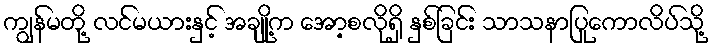
ကျွန်မတို့ လင်မယားနှင့် အချို့က အော့စလိုရှိ နှစ်ခြင်း သာသနာပြုကောလိပ်သို့